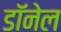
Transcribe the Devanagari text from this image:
डॉनेल